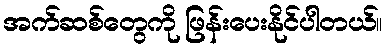
အက်ဆစ်တွေကို ဖြန်းပေးနိုင်ပါတယ်။